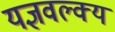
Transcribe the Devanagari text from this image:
यज्ञवल्क्य